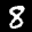
Label: 8